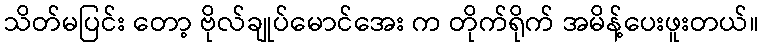
သိတ်မပြင်း တော့ ဗိုလ်ချုပ်မောင်အေး က တိုက်ရိုက် အမိန့်ပေးဖူးတယ်။